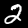
Label: 2